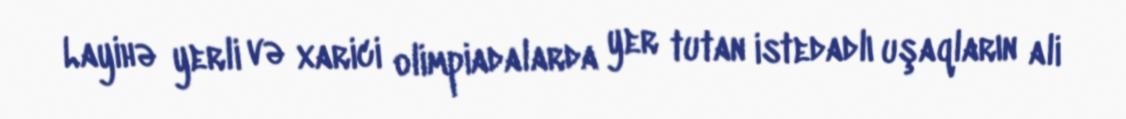
Layihə yerli və xarici olimpiadalarda yer tutan istedadlı uşaqların ali